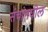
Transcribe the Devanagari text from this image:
संचांमधील